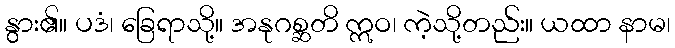
နွား၏။ ပဒံ၊ ခြေရာသို့။ အနုဂစ္ဆတိ ဣဝ၊ ကဲ့သို့တည်း။ ယထာ နာမ၊